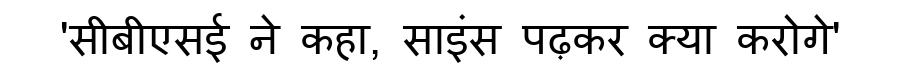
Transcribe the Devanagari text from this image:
'सीबीएसई ने कहा, साइंस पढ़कर क्या करोगे'